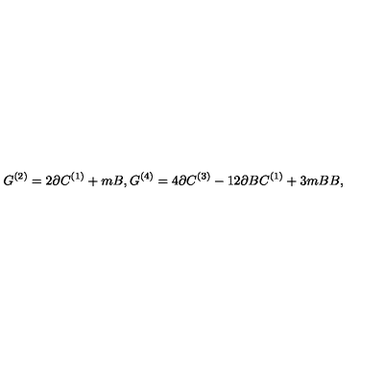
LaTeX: G ^ { ( 2 ) } = 2 \partial C ^ { ( 1 ) } + m B , G ^ { ( 4 ) } = 4 \partial C ^ { ( 3 ) } - 1 2 \partial B C ^ { ( 1 ) } + 3 m B B ,